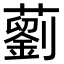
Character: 藰